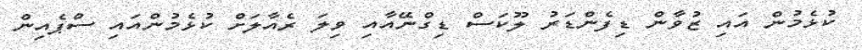
ކުޅެމުން އައި ޒުވާން ޑިފެންޑަރު ލޫކަސް ޑިގްނޭއާއި ވިލަ ރެއާލަށް ކުޅެމުންއައި ސްޕެއިން